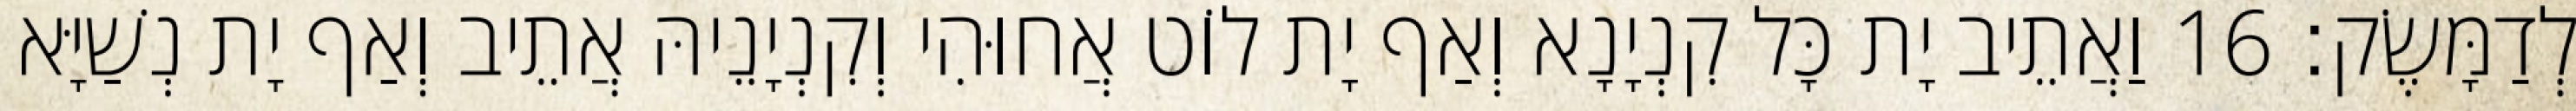
לְדַמָּשֶׂק׃ 16 וַאֲתֵיב יָת כָּל קִנְיָנָא וְאַף יָת לוֹט אֲחוּהִי וְקִנְיָנֵיהּ אֲתֵיב וְאַף יָת נְשַׁיָּא